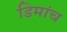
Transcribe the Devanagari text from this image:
डिमांच